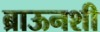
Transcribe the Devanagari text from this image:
ब्राऊनशी